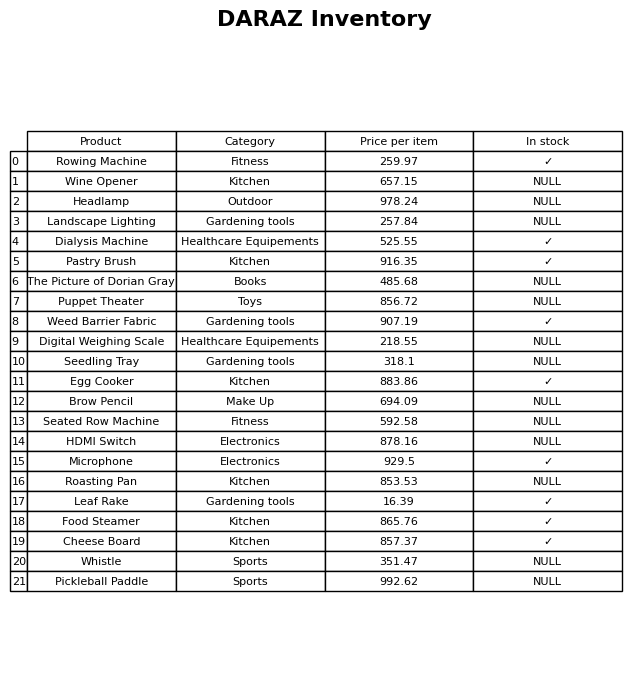
question: What is the price of the HDMI Switch?
answer: The price of HDMI Switch is 878.16.